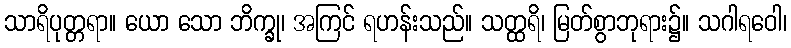
သာရိပုတ္တရာ။ ယော သော ဘိက္ခု၊ အကြင် ရဟန်းသည်။ သတ္ထရိ၊ မြတ်စွာဘုရား၌။ သဂါရဝေါ၊